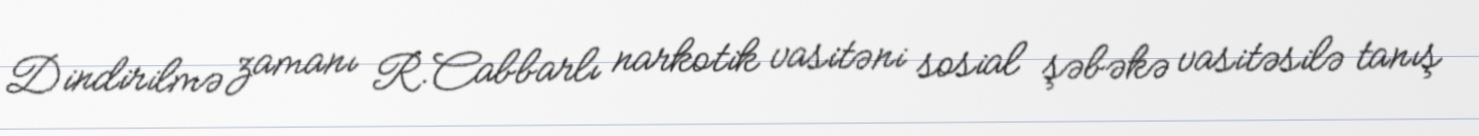
Dindirilmə zamanı R.Cabbarlı narkotik vasitəni sosial şəbəkə vasitəsilə tanış